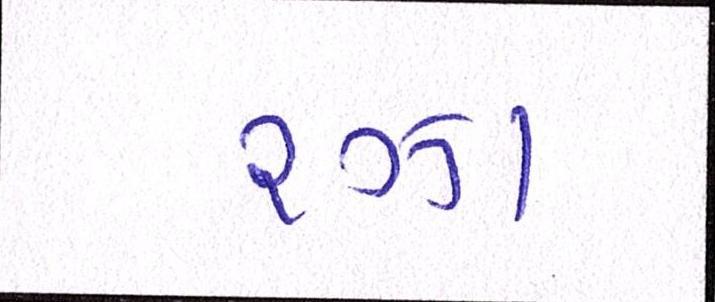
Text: રઝા